Tartu_linnavalitsus, lk 123
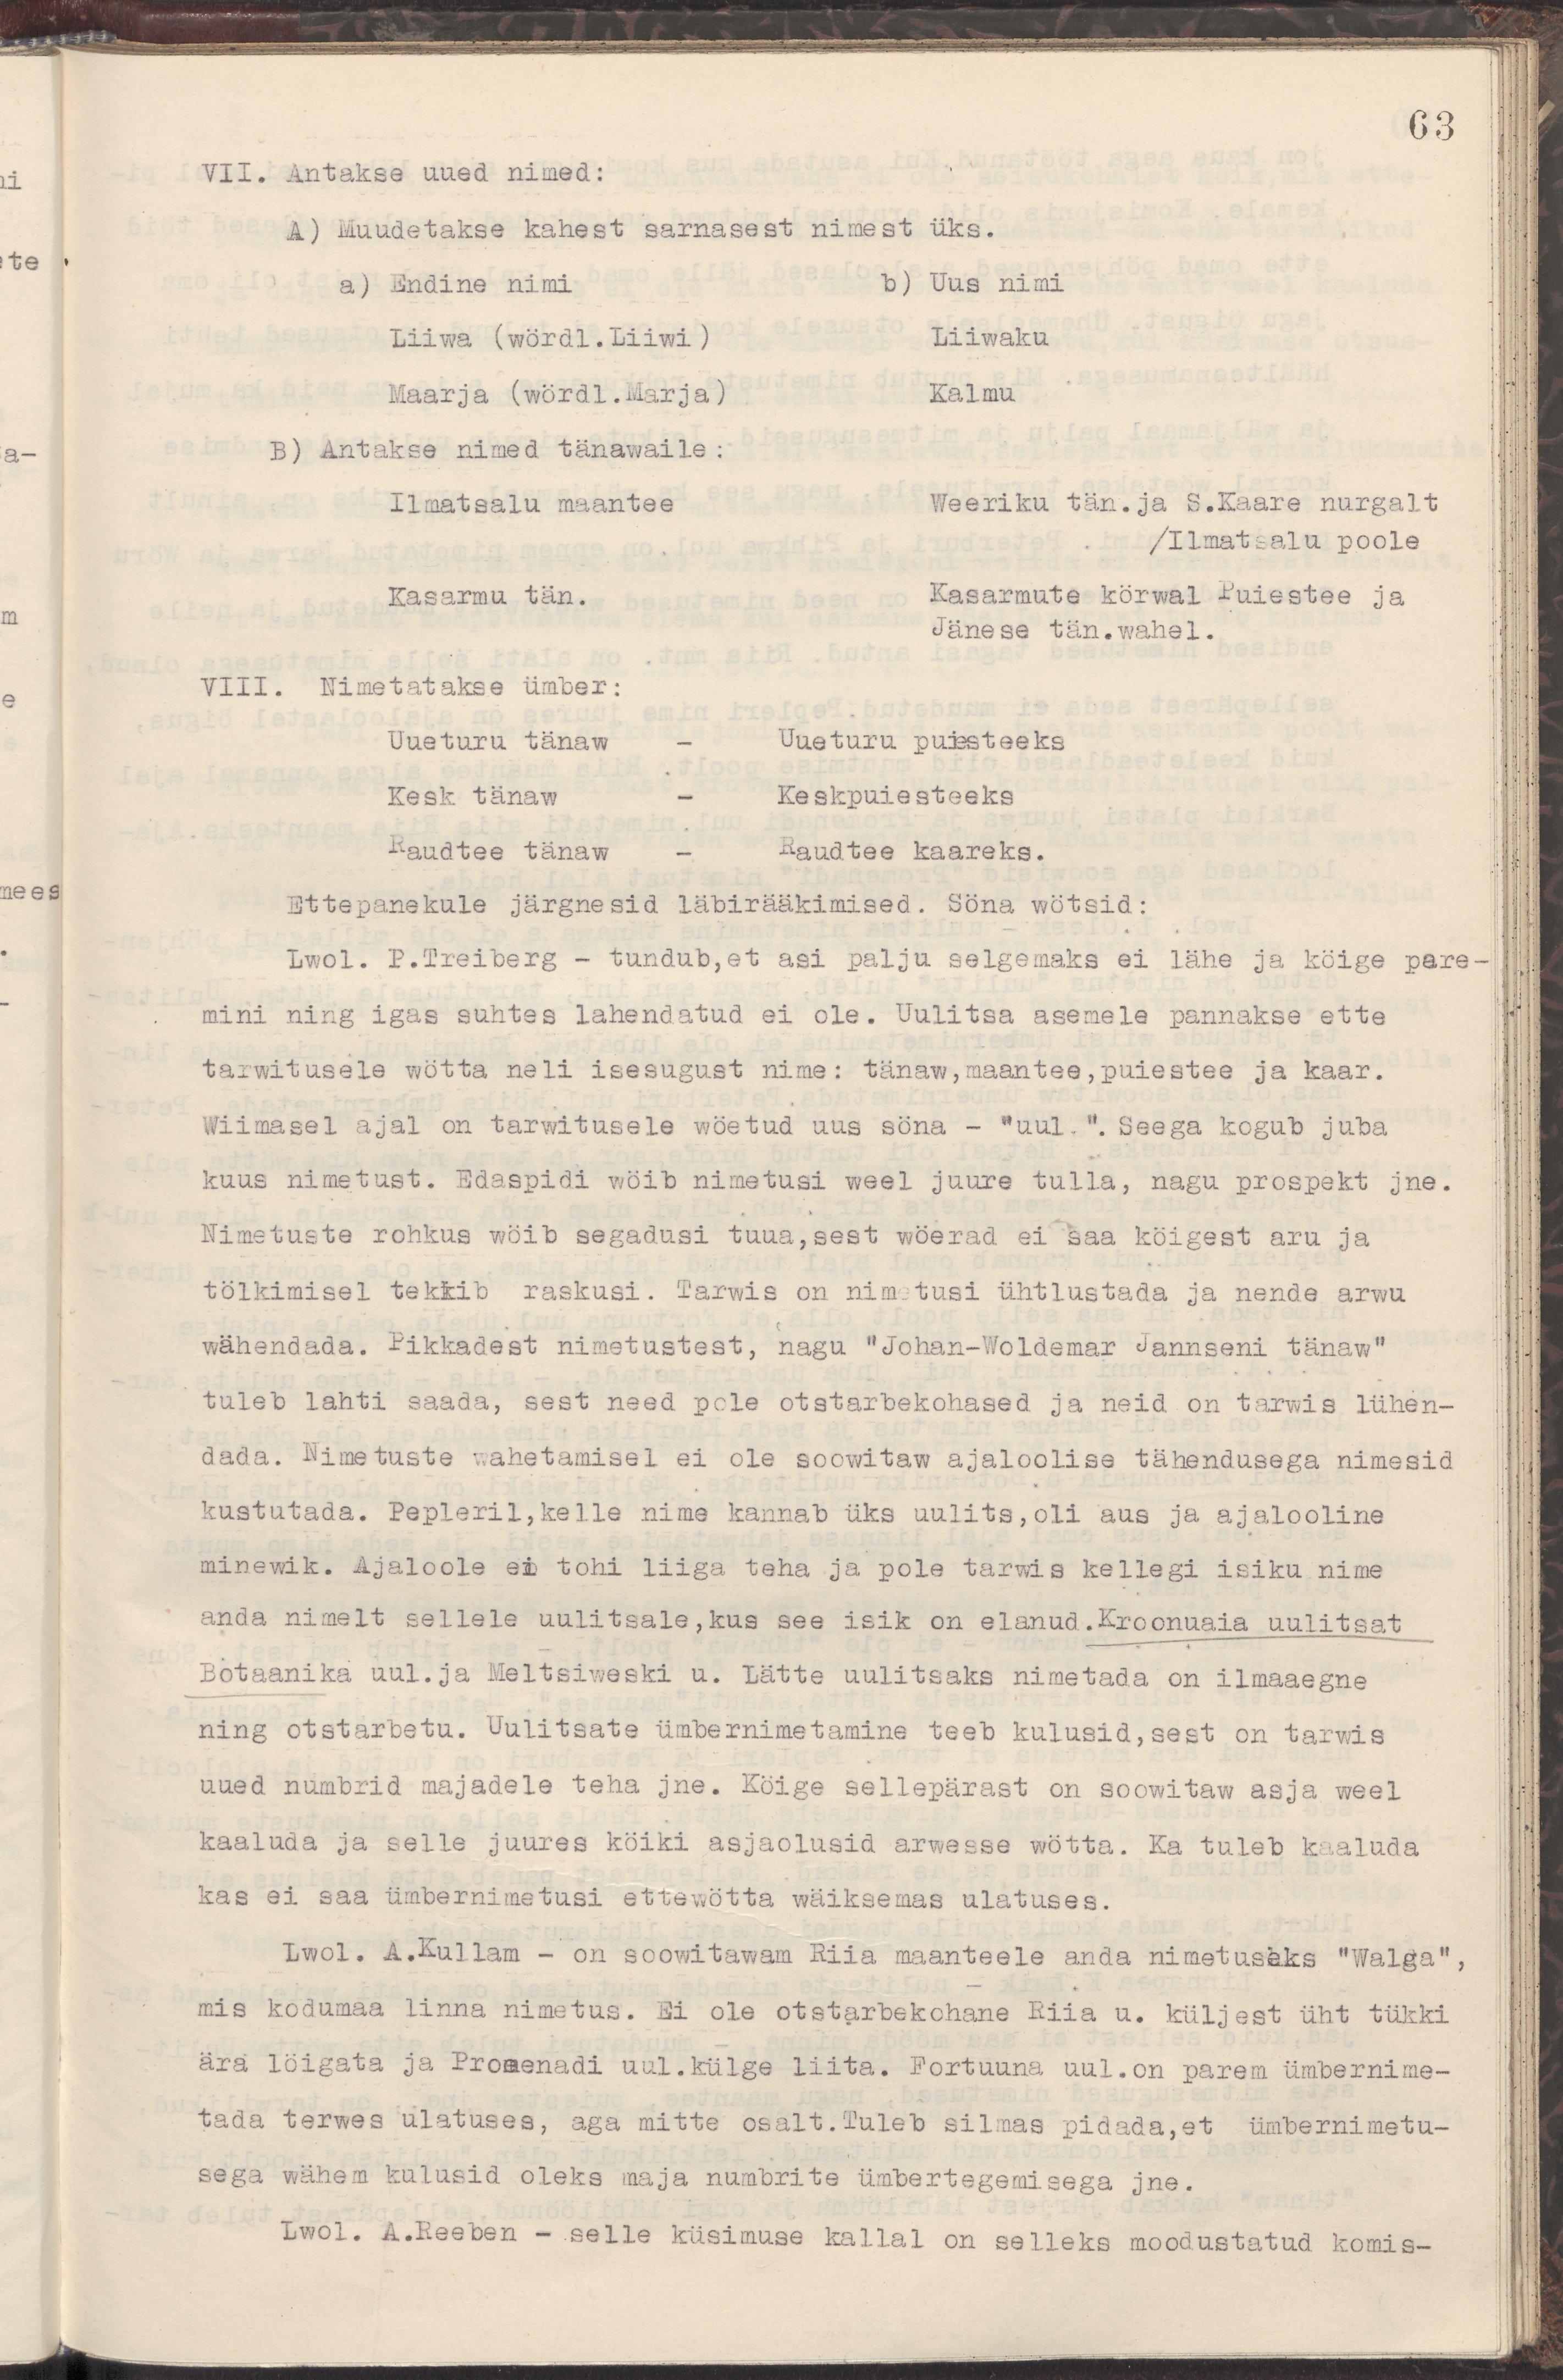
63
VII. Antakse uued nimed:
A) Muudetakse kahest sarnasest nimest üks.
a) Endine nimi  b) Uus nimi
Liiwa (wördl.Liiwi )  Liiwaku
Maarja (wördl.Marja)  Kalmu
B) Antakse nimed tänawaile:
Ilmatsalu maantee  Weeriku tän.ja S.Kaare nurgalt
/Ilmatsalu poole
Kasarmu tän.  Kasarmu körwal Puiestee ja
Jänese tän.wahel.
VIII. Nimetatakse ümber:
Uueturu tänaw  -  Uueturu puiesteeks
Kesk tänaw  -  Keskpuiesteeks
Raudtee tänaw  -  Raudtee kaareks.
Ettepanekule järgnesid läbirääkimised. Söna wötsid:
Lwol. P.Treiberg - tundub,et asi palju selgemaks ei lähe ja köige pare-
mini ning igas suhtes lahendatud ei ole. Uulitsa asemele pannakse ette
tarwitusele wötta neli isesugust nime: tänaw, maantee, puiestee ja kaar.
Wiimasel ajal on tarwitusele wöetud uus söna - "uul.".Seega kogub juba
kuus nimetust. Edaspidi wöib nimetusi weel juure tulla, nagu prospekt jne.
Nimetuste rohkus wöib segadusi tuua, sest wöerad ei saa köigest aru ja
tölkimisel tekkib raskusi. Tarwis on nimetusi ühtlustada ja nende arwu
wähendada. Pikkadest nimetustest, nagu "Johan-Woldemar Jannseni tänaw"
tuleb lahti saada, sest need pole otstarbekohased ja neid on tarwis lühen-
dada. Nimetuste wahetamisel ei ole soowitaw ajaloolise tähendustega nimesid
kustutada. Pepleril,kelle nime kannab üks uulits,oli aus ja ajalooline
minewik. Ajaloole ei tohi liiga teha ja pole tarwis kellegi isiku nime
anda nimelt sellele uulitsale, kus see isik on elanud. Kroonuaia uulitsat
Botaanika uul.ja Meltsiweski u. Lätte uulitsaks nimetada on ilmaaegne
ning otstarbetu. Uulitsate ümbernimetamine teeb kulusid,sest on tarwis
uued numbrid majadele teha jne. Köige sellepärast on soowitaw asja weel
kaaluda ja selle juures köiki asjaolusid arwesse wötta. Ka tuleb kaaluda
kas ei saa ümbernimetusi ettewötta wäiksemas ulatuses.
Lwol. A.Kullam - on soowitawam Riia maanteele anda nimetuseks "Walga",
mis kodumaa linna nimetus. Ei ole otstarbekohane Riia u. küljest üht tükki
ära löigata ja Promenadi uul.külge liita. Fortuuna uul.on parem ümbernime-
tada terwes ulatuses, aga mitte osalt.Tuleb silmas pidada,et ümbernimetu-
sega wähem kulusid ei oleks maja numbrite ümbertegemisega jne.
Lwol. A.Reeben - selle küsimuse kallal on selleks moodustatud komis-